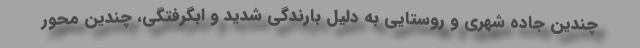
چندین جاده شهری و روستایی به دلیل بارندگی شدید و ابگرفتگی، چندین محور